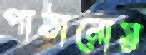
পাঠানোয়